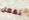
نفعل